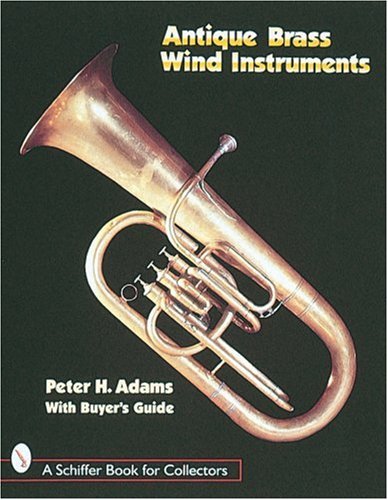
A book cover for Antique Brass Wind Instruments: Identification and Value Guide (A Schiffer Book for Collectors); Peter H. Adams; Crafts, Hobbies & Home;